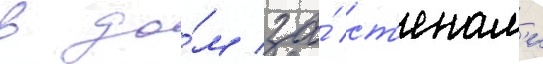
в до́м за́ ст'енам'и